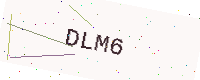
Text: DLM6